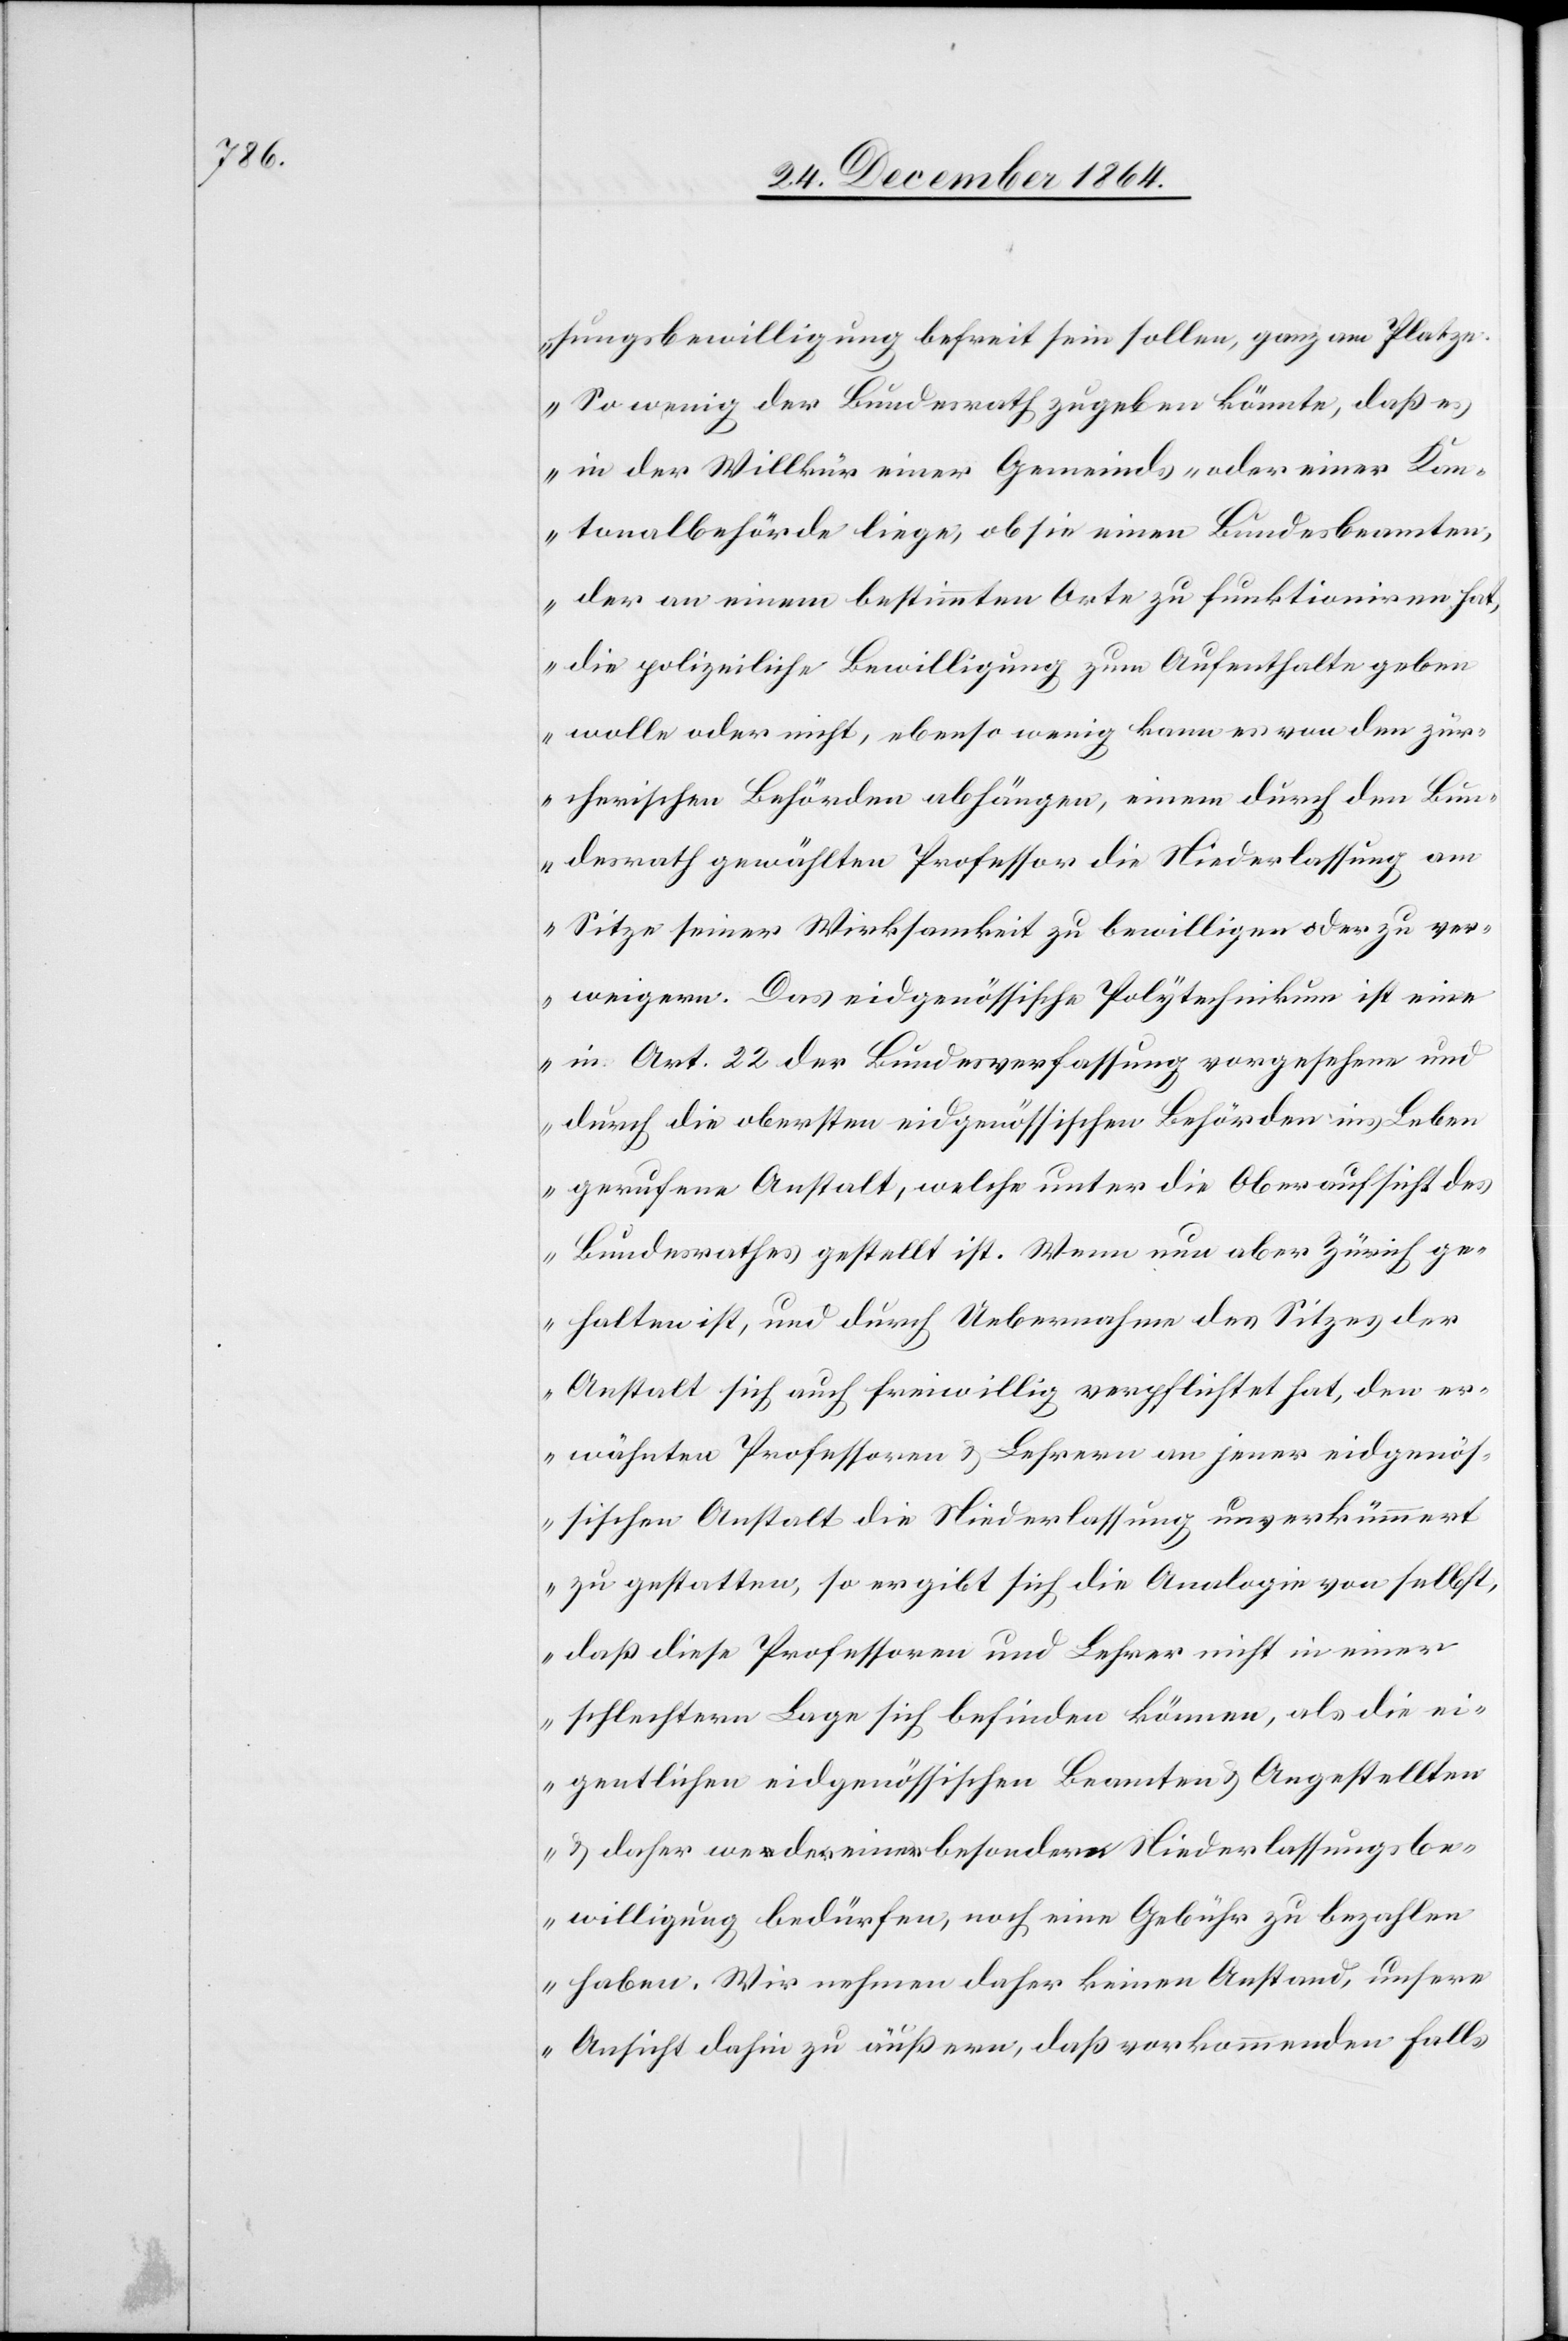
sungsbewilligung befreit sein sollen, ganz am Platze.
So wenig der Bundesrath zugeben könnte, daß es
in der Willkür einer Gemeinds- oder einer Kan¬
tonalbehörde liege, ob sie einen Bundesbeamten,
der an einem bestimmten Orte zu funktioniren hat,
die polizeiliche Bewilligung zum Aufenthalte geben
wolle oder nicht, ebenso wenig kann es von den zür¬
cherischen Behörden abhängen, einem durch den Bun¬
desrath gewählten Professor die Niederlassung am
Sitze seiner Wirksamkeit zu bewilligen oder zu ver¬
weigern. Das eidgenössische Polytechnikum ist eine
in Art. 22 der Bundesverfassung vorgesehene und
durch die obersten eidgenössischen Behörden ins Leben
gerufene Anstalt, welche unter die Oberaufsicht des
Bundesrathes gestellt ist. Wenn nun aber Zürich ge¬
halten ist, und durch Uebernahme des Sitzes der
Anstalt sich auch freiwillig verpflichtet hat, den er¬
wähnten Professoren & Lehrern an jener eidgenös¬
sischen Anstalt die Niederlassung unverkümmert
zu gestatten, so ergibt sich die Analogie von selbst,
daß diese Professoren und Lehrer nicht in einer
schlechtern Lage sich befinden können, als die ei¬
gentlichen eidgenössischen Beamten & Angestellten
& daher weder einer besondern Niederlassungsbe¬
willigung bedürfen, noch eine Gebühr zu bezahlen
haben. Wir nehmen daher keinen Anstand, unsere
Ansicht dahin zu äußern, daß vorkommenden Falls